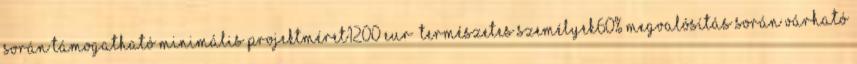
során támogatható minimális projektméret1200 EUR ▪Természetes személyek60%▪Megvalósítás során várható